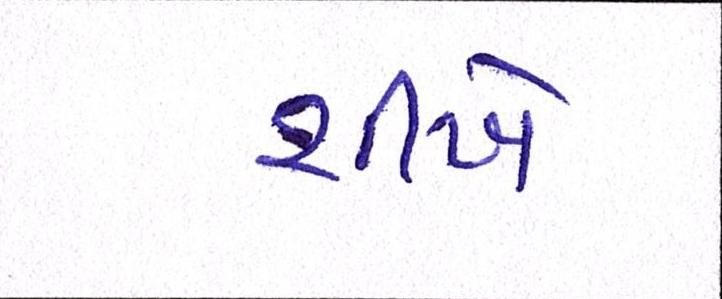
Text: શીખે